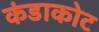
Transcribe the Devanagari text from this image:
कंडाकोट